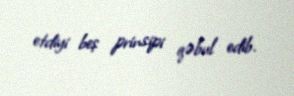
etdiyi beş prinsipi qəbul edib.